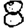
Digit: 8